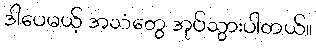
ဒါပေမယ့် အသံတွေ အုပ်သွားပါတယ်။